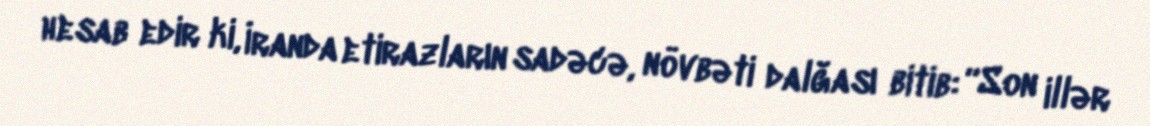
hesab edir ki, İranda etirazların sadəcə, növbəti dalğası bitib: “Son illər